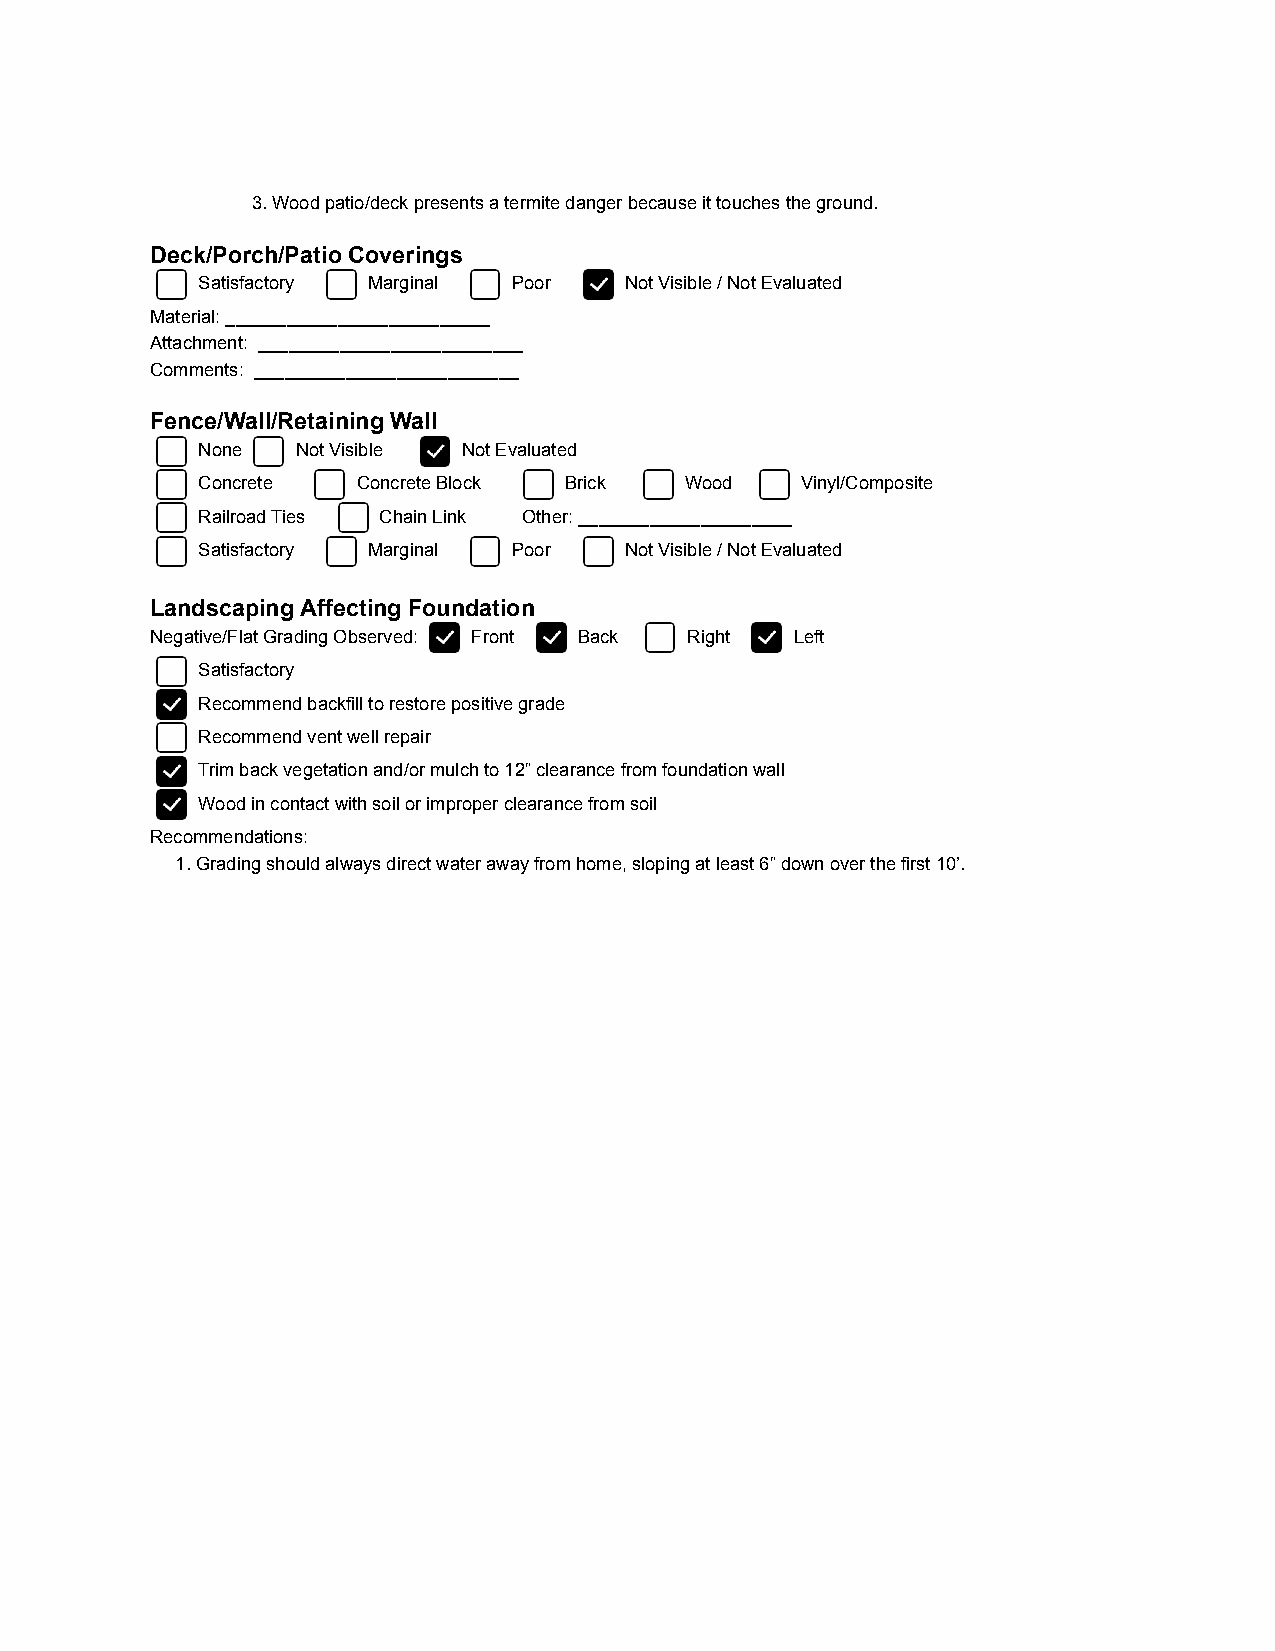
3. Wood patio/deck presents a termite danger because it touches the ground.
 Deck/Porch/Patio Coverings
 Satisfactory Marginal Poor  Not Visible / Not Evaluated
 Material: __________________________
 Attachment: __________________________
 Comments: __________________________
 Fence/Wall/Retaining Wall
 None   Not Visible Not Evaluated
 Concrete   Concrete Block Brick Wood    Vinyl/Composite
 Railroad Ties Chain Link Other: _____________________
 Satisfactory Marginal Poor  Not Visible / Not Evaluated
 Landscaping Affecting Foundation
 Negative/Flat Grading Observed: Front Back Right Left
 Satisfactory
 Recommend backfill to restore positive grade
 Recommend vent well repair
 Trim back vegetation and/or mulch to 12” clearance from foundation wall
 Wood in contact with soil or improper clearance from soil
 Recommendations:
 1. Grading should always direct water away from home, sloping at least 6” down over the first 10’.